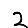
Digit: 2